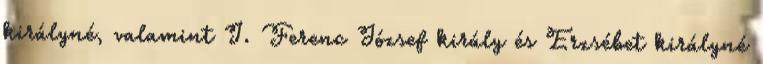
királyné, valamint I. Ferenc József király és Erzsébet királyné